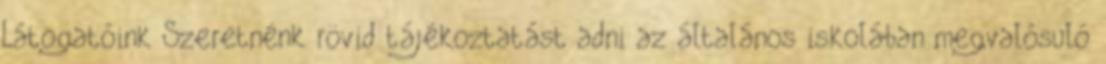
Látogatóink Szeretnénk rövid tájékoztatást adni az általános iskolában megvalósuló